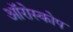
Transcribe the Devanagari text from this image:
ऑरोस्कोप